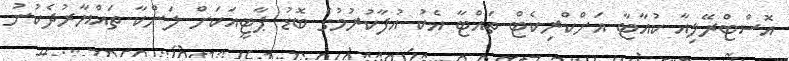
އޮސްޓްރޭލިއާ ކުއާޓާ އަށްކްރިކެޓް ތައްޓާ އެކު އުފާކުރުމުގެ ބޮޑު ޕާޓީއަކަށް ލަންކާ ތައްޔާރުދެކުނު